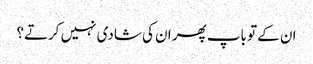
ان کے تو باپ پھر ان کی شادی نہیں کرتے؟